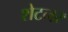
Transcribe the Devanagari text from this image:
शेटनर